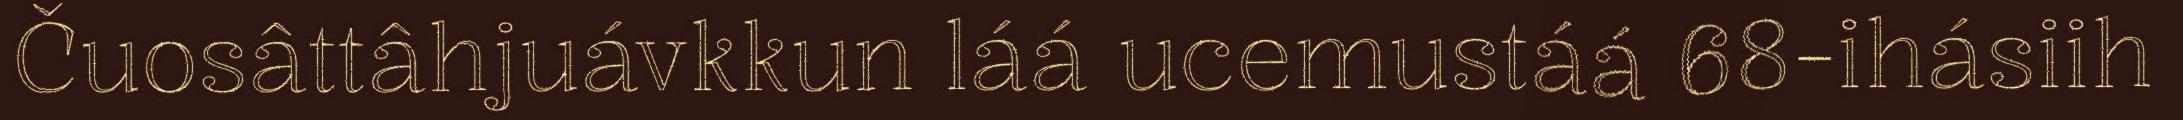
Čuosâttâhjuávkkun láá ucemustáá 68-ihásiih